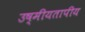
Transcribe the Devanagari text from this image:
उष्मीयतापीय